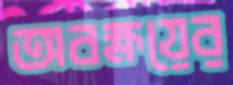
অবক্ষয়ের